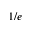
1 / e